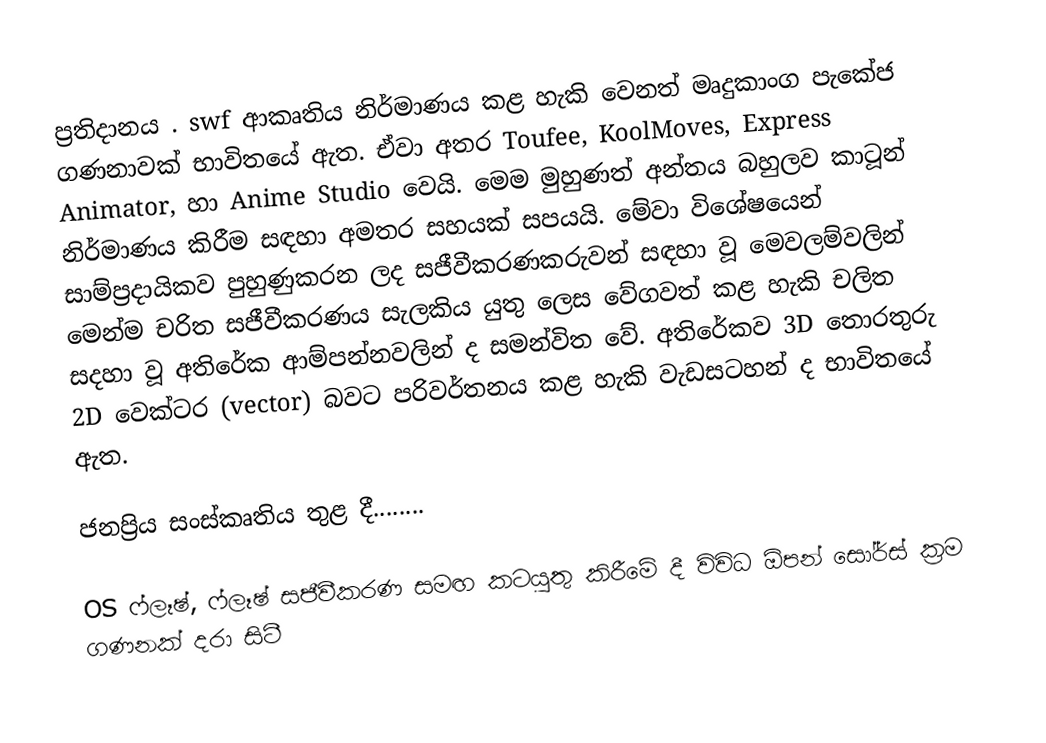
ප්‍රතිදානය . swf ආකෘතිය නිර්මාණය කළ හැකි වෙනත් මෘදුකාංග පැකේජ ගණනාවක් භාවිතයේ ඇත. ඒවා අතර Toufee, KoolMoves, Express Animator, හා Anime Studio වෙයි. මෙම මුහුණත් අන්තය බහුලව කාටූන් නිර්මාණය කිරීම සඳහා අමතර සහයක් සපයයි. මේවා විශේෂයෙන් සාම්ප්‍රදායිකව පුහුණුකරන ලද සජීවීකරණකරුවන් සඳහා වූ මෙවලම්වලින් මෙන්ම චරිත සජීවීකරණය සැලකිය යුතු ලෙස වේගවත් කළ හැකි චලිත සදහා වූ අතිරේක ආම්පන්නවලින් ද සමන්විත වේ. අතිරේකව 3D ‍තොරතුරු 2D වෙක්ටර (vector) බවට පරිවර්තනය කළ හැකි වැඩසටහන් ද භාවිතයේ ඇත.

ජනප්‍රිය සංස්කෘතිය තුළ දී........

OS ‍ෆ්ලෑෂ්, ෆ්ලෑෂ් සජීවීකරණ සමඟ කටයුතු කිරීමේ දී විවිධ ඕපන් සෝර්ස් ක්‍රම ගණනක් දරා සිටී